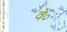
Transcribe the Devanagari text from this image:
वे०